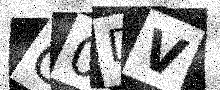
Text: C0DV